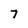
Character: 7